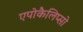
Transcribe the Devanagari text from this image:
एपोकैलिप्सो